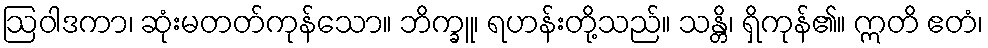
ဩဝါဒကာ၊ ဆုံးမတတ်ကုန်သော။ ဘိက္ခူ၊ ရဟန်းတို့သည်။ သန္တိ၊ ရှိကုန်၏။ ဣတိ ဧတံ၊